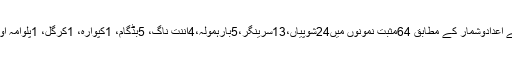
گورنمنٹ میڈیکل کالج سرینگر کے اعدادوشمار کے مطابق 64مثبت نمونوں میں24شوپیاں،13سرینگر،5بارہمولہ،4اننت ناگ، 5بڈگام، 1کپوارہ، 1کرگل، 1پلوامہ اور 2کولگام سے تعلق رکھتے ہیں۔